Annual report of the Central Committee of the Association together with the report of the directors of the Pasteur Institute at Kasauli
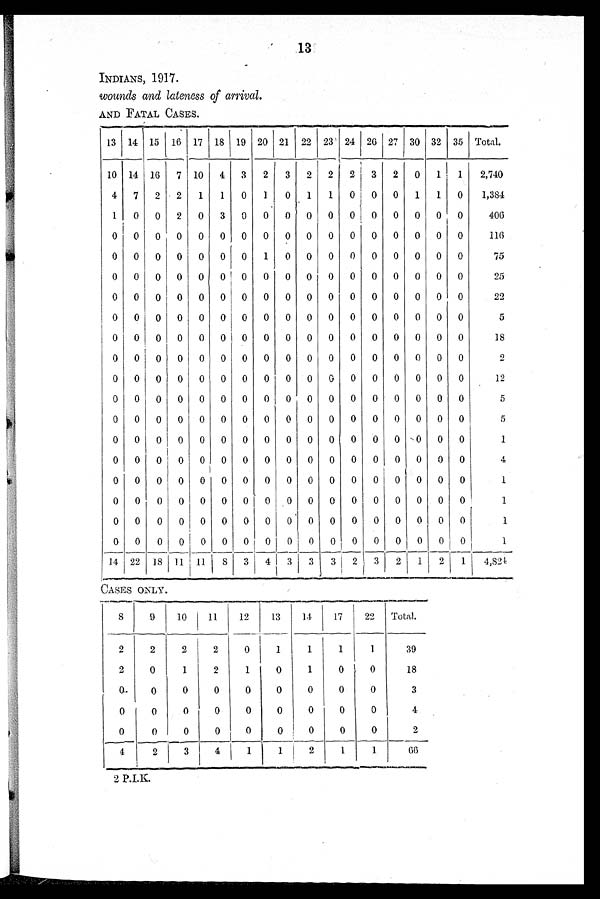
13
INDIANS, 1917.
wounds and lateness of arrival.
AND FATAL CASES.
13 14 15 16 17 18 19 20 21 22 23 24 26 27 30 32 35 Total.
10 14 16 7 10 4 3 2 3 2 2 2 3 2 0 1 1
2,740
4 7 2 2 1 1 0 1
0 1 1
0 0 0 1 1 0
1,384
1 0 0 2 0 3 0 0 0 0 0 0 0 0 0 0 0
406
0 0 0 0 0 0 0 0 0 0 0 0 0 0 0 0 0
116
0
0
0 0 0 0 0 1 0 0 0 0 0 0 0 0 0
75
0 0 0 0 0 0 0 0 0 0 0 0 0 0 0 0 0
25
0 0 0 0 0 0 0 0 0 0 0 0 0 0 0 0 0
22
0 0 0 0 0 0 0 0 0 0 0 0 0 0 0 0 0
5
0 0 0 0 0 0 0 0 0 0 0 0 0 0 0 0 0
18
0 0 0 0 0 0 0 0 0 0 0 0 0 0 0 0 0
2
0 0 0 0 0 0 0 0 0 0 0 0 0 0 0 0 0
12
0 0 0 0 0 0 0 0 0 0 0 0 0 0 0 0 0
5
0 0 0 0 0 0 0 0 0 0 0 0 0 0 0 0 0
5
0 0 0 0 0 0 0 0 0 0 0 0 0 0 0 0 0
1
0 0 0 0
0 0 0 0 0 0 0 0 0 0 0 0 0
4
0 0 0 0 0 0 0 0 0 0 0 0 0 0 0 0 0
1
0 0 0 0 0 0 0 0 0 0 0 0 0 0 0 0 0
1
0 0 0 0 0 0 0 0 0 0 0 0 0 0
0 0 0
1
0 0 0 0 0 0
_
0 0
0
0 0 0 0 0 0 0 0
1
1 4 22 18 11 11
8 3 4 3 3 3
2 3 2 1 2 1
4,824
CASES ONLY
8
9
10
11
12
13
14
17
22 Total.
2
2
2
2
0
1
1
1
1
39
2
0
1
2
1
0
1
0
0
18
0
0
0
0
0
0
0
0
0
3
0
0
0
0
0
0
0
0
0
4
0
0
0
0
0
0
0
0
0
2
4
2
3
4
1
1
2
1
1
66
2 P.I.K.